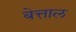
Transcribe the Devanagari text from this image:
बेत्ताल